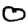
Digit: 0